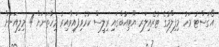
އޯގަސްޓު މަހު މިފިލްމުގެ ޓުރެއިލަރ ޔޫޓިއުބްގައި ރިލީސް ކުރެވިފައިވާއިރު މިހާތަނަށް 4 މިލިއަނަށް